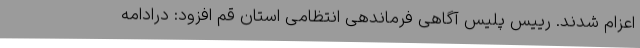
اعزام شدند. رییس پلیس آگاهی فرماندهی انتظامی استان قم افزود: درادامه